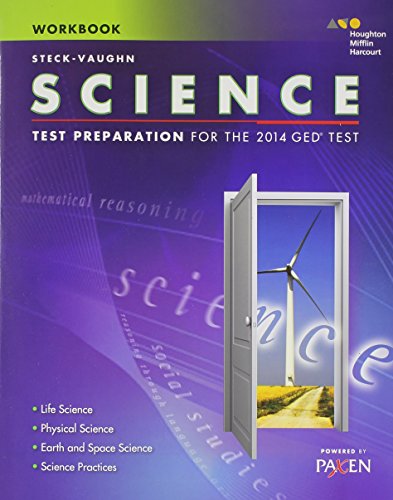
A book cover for Steck-Vaughn GED: Test Preparation Student Workbook Science; STECK-VAUGHN; Test Preparation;